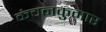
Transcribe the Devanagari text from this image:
कंचनकुमार